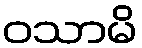
ဝသာမိ